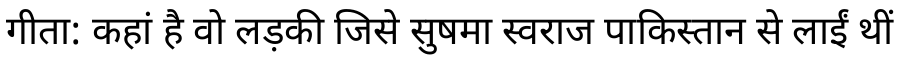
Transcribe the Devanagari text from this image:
गीता: कहां है वो लड़की जिसे सुषमा स्वराज पाकिस्तान से लाईं थीं